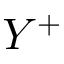
Y ^ { + }